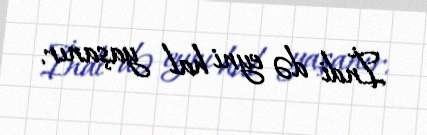
İndi də eyni hal yaşanır.